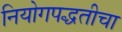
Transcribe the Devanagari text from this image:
नियोगपद्धतीचा